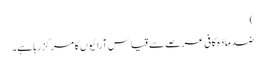
)
ضد مادّہ کافی عرصے سے قیاس آرائیوں کا مرکز رہا ہے۔